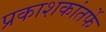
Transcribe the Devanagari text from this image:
प्रकाशकांतर्फे